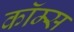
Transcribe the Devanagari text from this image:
कॉम्स